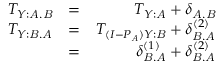
\begin{array} { r l r } { T _ { Y : \mathit { A } . \mathit { B } } } & { = } & { T _ { Y : \mathit { A } } + \delta _ { \mathit { A } . \mathit { B } } } \\ { T _ { Y : \mathit { B } . \mathit { A } } } & { = } & { T _ { ( I - P _ { \mathit { A } } ) Y : \mathit { B } } + \delta _ { \mathit { B } . \mathit { A } } ^ { ( 2 ) } } \\ & { = } & { \delta _ { \mathit { B } . \mathit { A } } ^ { ( 1 ) } + \delta _ { \mathit { B } . \mathit { A } } ^ { ( 2 ) } } \end{array}